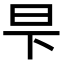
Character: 𬀧